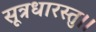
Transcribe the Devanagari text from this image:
सूत्रधारस्तु।।